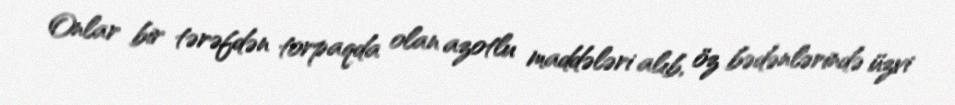
Onlar bir tərəfdən torpaqda olan azotlu maddələri alıb, öz bədənlərində üzvi